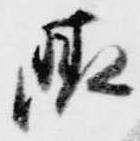
晴